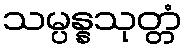
သမ္ပန္နသုတ္တံ